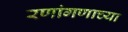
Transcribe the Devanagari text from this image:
रणांगणाच्या